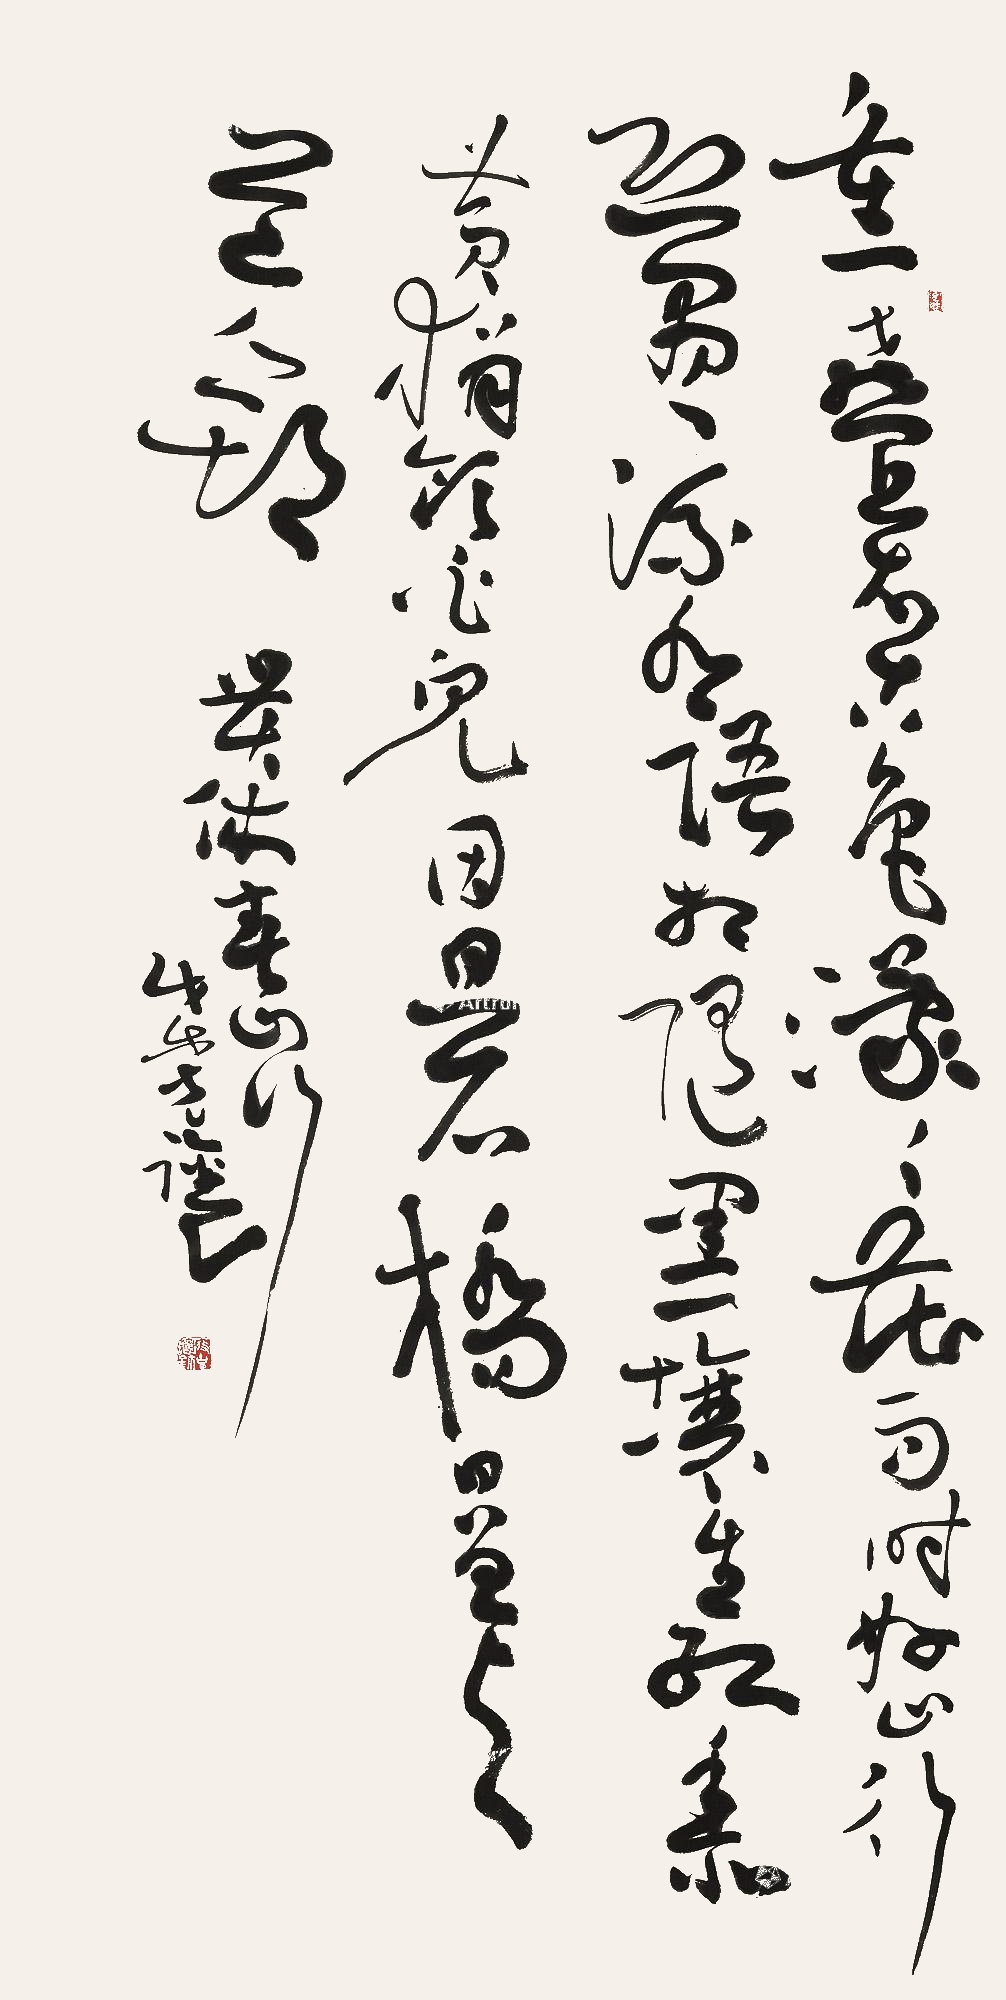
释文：重叠太古色，蒙蒙花语时。好山行恐尽，流水语相随。黑壤生红黍，黄狷饮白儿。因思石桥日，曾与道人期。戊戌，克让。